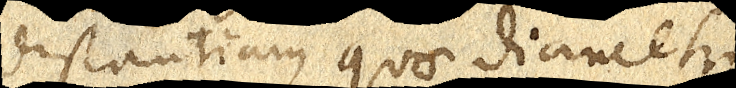
distantiam quae diametri